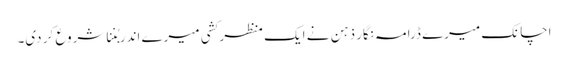
اچانک میرے ڈرامہ نگار ذہن نے ایک منظر کشی میرے اندر بُننا شروع کر دی۔